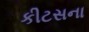
કીટસના